Annual report of the Punjab Veterinary College and of the Civil Veterinary Department, Punjab - 1894-1908
Year: 1894
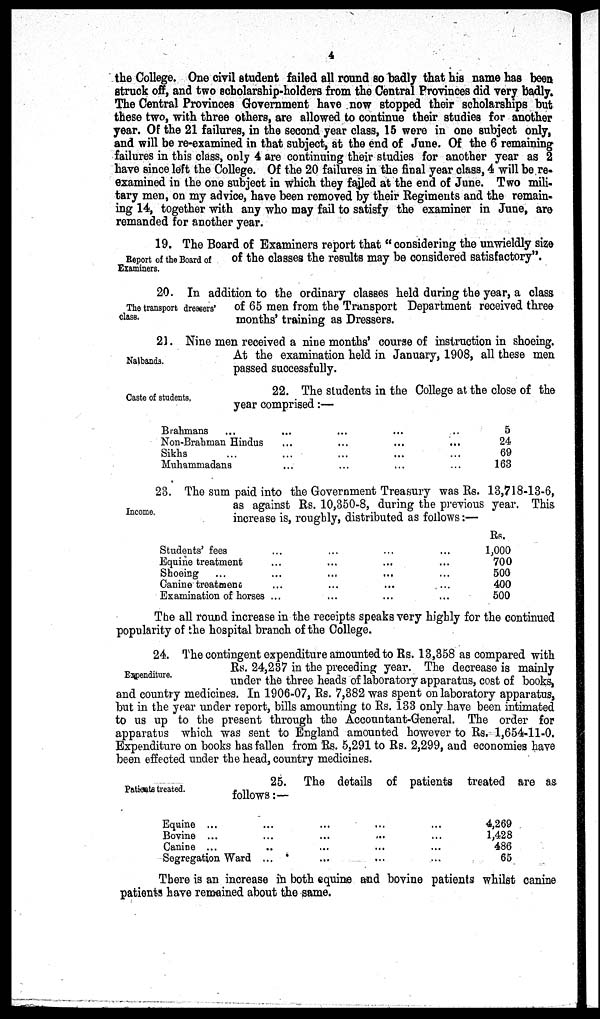
4
the College. One civil student failed all round so badly that his name has been
struck off, and two scholarship-holders from the Central Provinces did very badly.
The Central Provinces Government have now stopped their scholarships but
these two, with three others, are allowed to continue their studies for another
year. Of the 21 failures, in the second year class, 15 were in one subject only,
and will be re-examined in that subject, at the end of June. Of the 6 remaining
failures in this class, only 4 are continuing their studies for another year as 2
have since left the College. Of the 20 failures in the final year class, 4 will be re-
examined in the one subject in which they failed at the end of June. Two mili-
tary men, on my advice, have been removed by their Regiments and the remain-
ing 14, together with any who may fail to satisfy the examiner in June, are
remanded for another year.
Report of the Board of
Examiners.
19. The Board of Examiners report that "considering the unwieldly size
of the classes the results may be considered satisfactory".
The transport dressers'
class.
20. In addition to the ordinary classes held during the year, a class
of 65 men from the Transport Department received three
months' training as Dressers.
Nalbands.
21. Nine men received a nine months' course of instruction in shoeing.
At the examination held in January, 1908, all these men
passed successfully.
Caste of students.
22. The students in the College at the close of the
year comprised:—
Brahmans ...
Non-Brahman Hindus
Sikhs ...
Muhammadans
...
...
...
...
...
...
...
...
...
...
...
...
5
24
69
163
Income.
23. The sum paid into the Government Treasury was Rs. 18,718-13-6,
as against Rs. 10,350-8, during the previous year. This
increase is, roughly, distributed as follows:—
Students' fees
Equine treatment
Shoeing
Canine treatment
Examination of horses
...
...
...
...
...
...
...
...
...
...
...
...
...
...
...
...
...
...
...
Rs.
1,000
700
500
400
500
The all round increase in the receipts speaks very highly for the continued
popularity of the hospital branch of the College.
Expenditure.
24. The contingent expenditure amounted to Rs. 13,358 as compared with
Rs. 24,237 in the preceding year. The decrease is mainly
under the three heads of laboratory apparatus, cost of books,
and country medicines. In 1906-07, Rs. 7,382 was spent on laboratory apparatus,
but in the year under report, bills amounting to Rs. 133 only have been intimated
to us up to the present through the Accountant-General. The order for
apparatus which was sent to England amounted however to Rs. 1,654-11-0.
Expenditure on books has fallen from Rs. 5,291 to Rs. 2,299, and economies have
been effected under the head, country medicines.
Patients treated.
25. The details of patients treated are as
follows:—
Equine ...
Bovine ...
Canine ...
Segregation Ward
...
...
...
...
...
...
...
...
...
...
...
...
...
...
...
...
4,269
1,428
486
65
There is an increase in both equine and bovine patients whilst canine
patients have remained about the same.